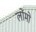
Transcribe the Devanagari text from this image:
लोमो